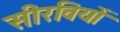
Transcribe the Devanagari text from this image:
सीरवियों